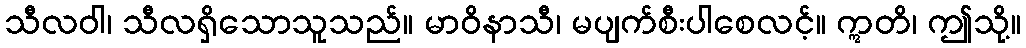
သီလဝါ၊ သီလရှိသောသူသည်။ မာဝိနာသီ၊ မပျက်စီးပါစေလင့်။ ဣတိ၊ ဤသို့။